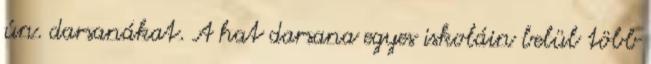
ún. darsanákat. A hat darsana egyes iskoláin belül több